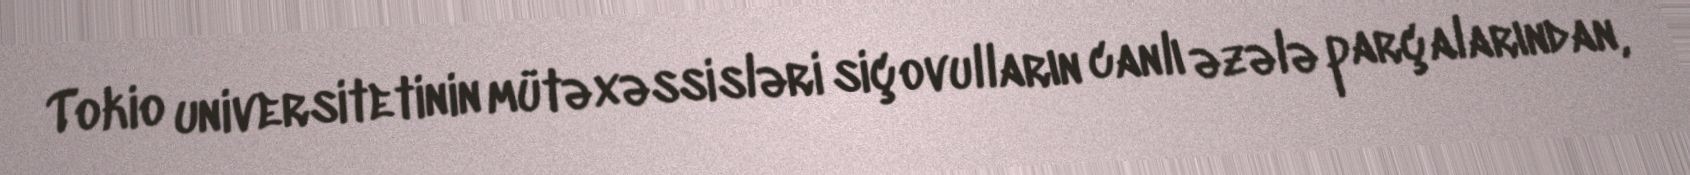
Tokio universitetinin mütəxəssisləri siçovulların canlı əzələ parçalarından,